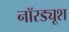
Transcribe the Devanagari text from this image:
नॉरड्यूश